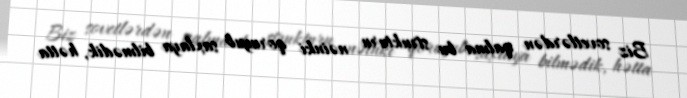
Biz sovetlərdən qalma bu strukturu nəinki qoruyub saxlaya bilmədik, hətta